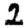
Digit: 2